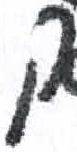
אות: ק